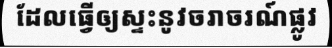
ដែលធ្វើឲ្យស្ទះនូវចរាចរណ៍ផ្លូវ